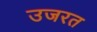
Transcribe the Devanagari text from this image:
उजरत